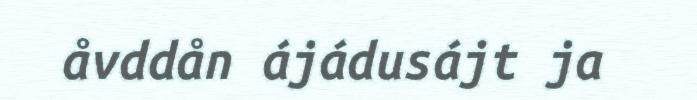
åvddån ájádusájt ja